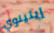
إيلينوي